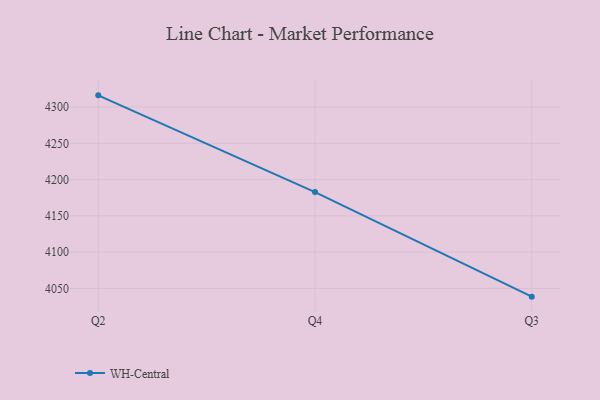
{"axis": {"x": "Quarter", "y": "Headcount"}, "legend": ["WH-Central"], "data": [{"x": "Q2", "y": 4316.1, "type": "WH-Central"}, {"x": "Q4", "y": 4182.8, "type": "WH-Central"}, {"x": "Q3", "y": 4038.6, "type": "WH-Central"}]}